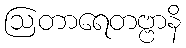
ဩတာရေတဗ္ဗာနိ